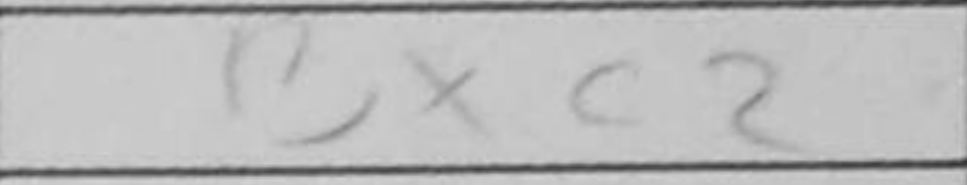
Transcription: Bxc2